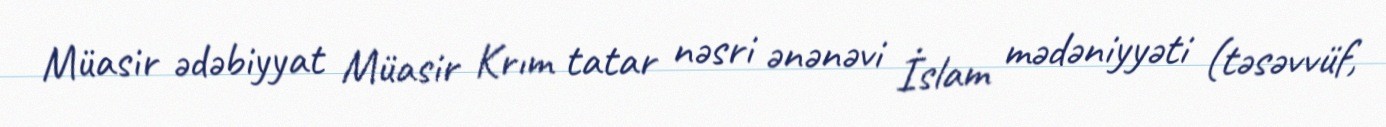
Müasir ədəbiyyat Müasir Krım tatar nəsri ənənəvi İslam mədəniyyəti (təsəvvüf,